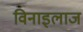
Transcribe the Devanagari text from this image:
विनाइलाज